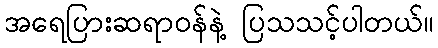
အရေပြားဆရာဝန်နဲ့ ပြသသင့်ပါတယ်။